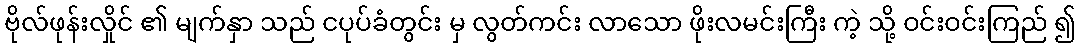
ဗိုလ်ဖုန်းလှိုင် ၏ မျက်နှာ သည် ငပုပ်ခံတွင်း မှ လွတ်ကင်း လာသော ဖိုးလမင်းကြီး ကဲ့ သို့ ဝင်းဝင်းကြည် ၍